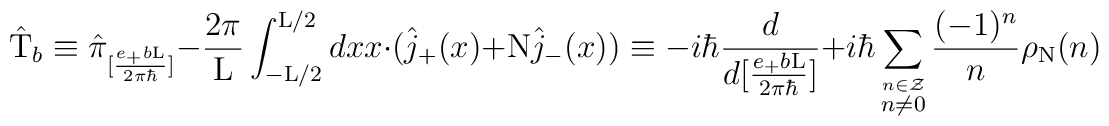
\hat{\rm T}_{b} \equiv \hat{\pi}_{[\frac{e_{+}b{\rm L}}{2{\pi}{\hbar}}]} -\frac{2\pi}{\rm L} \int_{-{\rm L}/2}^{{\rm L}/2} dx x \cdot(\hat{j}_{+}(x) + {\rm N} \hat{j}_{-}(x)) \equiv-i \hbar \frac{d}{d[\frac{e_{+}b{\rm L}}{2{\pi}{\hbar}}]} + i{\hbar} \sum_{\stackrel{n \in \cal Z}{n \neq 0}} \frac{(-1)^n}{n} \rho_{\rm N}(n)